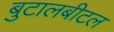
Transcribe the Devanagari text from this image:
बुटालबीटल